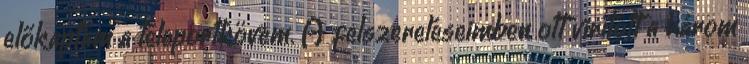
előkaptam a teleportkövem. A felszereléseimben ott virított a három